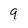
Character: 9